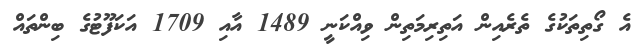
އެ ގޯތިތަކުގެ ތެރެއިން އަތިރިމަތިން ވިއްކަނީ 1489 އާއި 1709 އަކަފޫޓުގެ ބިންތައް